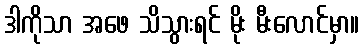
ဒါကိုသာ အဖေ သိသွားရင် မိုး မီးလောင်မှာ။